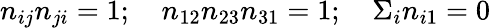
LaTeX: n_{ij}n_{ji}=1;\quad n_{12}n_{23}n_{31}=1;\quad\Sigma_{i}n_{i1}=0